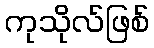
ကုသိုလ်ဖြစ်